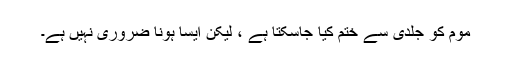
موم کو جلدی سے ختم کیا جاسکتا ہے ، لیکن ایسا ہونا ضروری نہیں ہے۔